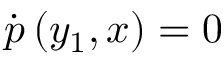
\dot { p } \left( y _ { 1 } , x \right) = 0